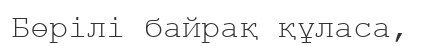
Бөрілі байрақ құласа,